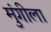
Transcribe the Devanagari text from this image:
मुंगीला